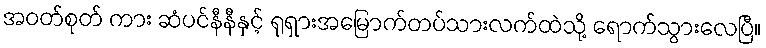
အဝတ်စုတ် ကား ဆံပင်နီနီနှင့် ရုရှားအမြောက်တပ်သားလက်ထဲသို့ ရောက်သွားလေပြီ။